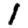
Digit: 1